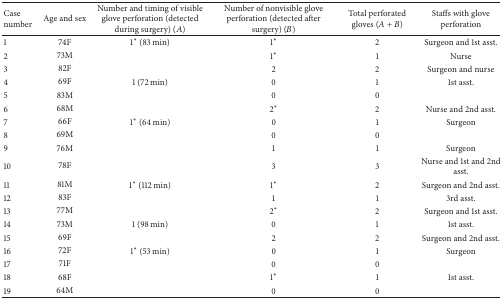
| Case number | Age and sex | Number and timing of visible glove perforation (detected during surgery) (A) | Number of nonvisible glove perforation (detected after surgery) (B) | Total perforated gloves (A + B) | Staffs with glove perforation |
 | --- | --- | --- | --- | --- | --- |
 | 1 | 74F | 1* (83 min) | 1* | 2 | Surgeon and 1st asst. |
 | 2 | 73M |  | 1* | 1 | Nurse |
 | 3 | 82F |  | 2 | 2 | Surgeon and nurse |
 | 4 | 69F | 1 (72 min) | 0 | 1 | 1st asst. |
 | 5 | 83M |  | 0 | 0 |  |
 | 6 | 68M |  | 2* | 2 | Nurse and 2nd asst. |
 | 7 | 66F | 1* (64 min) | 0 | 1 | Surgeon |
 | 8 | 69M |  | 0 | 0 |  |
 | 9 | 76M |  | 1 | 1 | Surgeon |
 | 10 | 78F |  | 3 | 3 | Nurse and 1st and 2nd asst. |
 | 11 | 81M | 1* (112 min) | 1* | 2 | Surgeon and 2nd asst. |
 | 12 | 83F |  | 1 | 1 | 3rd asst. |
 | 13 | 77M |  | 2* | 2 | Surgeon and 1st asst. |
 | 14 | 73M | 1 (98 min) | 0 | 1 | 1st asst. |
 | 15 | 69F |  | 2 | 2 | Surgeon and 2nd asst. |
 | 16 | 72F | 1* (53 min) | 0 | 1 | Surgeon |
 | 17 | 71F |  | 0 | 0 |  |
 | 18 | 68F |  | 1* | 1 | 1st asst. |
 | 19 | 64M |  | 0 | 0 |  |